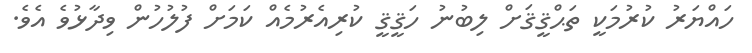
ހައްޔަރު ކުރުމަކީ ތަޙްޤީޤަށް ލިބުނު ހަޤީޤީ ކުރިއެރުމެއް ކަމަށް ފުލުހުން ވިދާޅުވެ އެވެ.